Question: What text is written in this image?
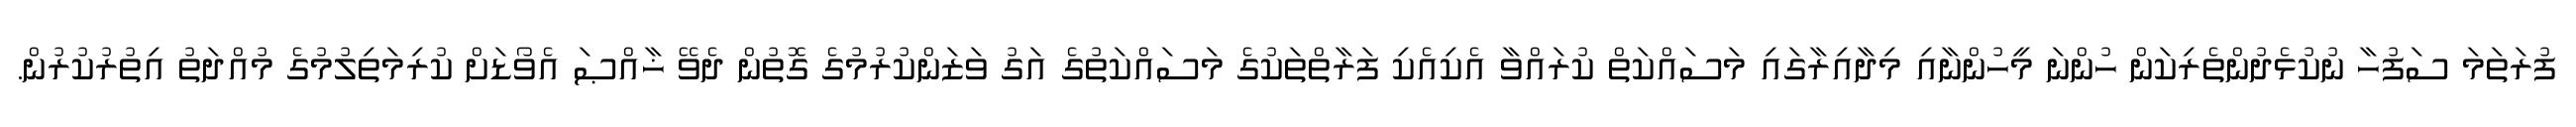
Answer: ފުރަތަމަ ސަފުހާ ނުކުޅެދުންތެރިކަން ހުންނަ މީހުންނާއި މިދާއިރާގައި މަސައްކަތް ކުރައްވާ އެކިއެކި ފަރާތްތަކުގެ މަސައްކަތުގެ އަގު ވަޒަންކުރުމުގެ ގޮތުން ދެވޭ ޚާއްޞަ އެވޯޑަށް ކުރިމަތިލުމުގެ މުއްދަތު އިތުރުކުރުން.